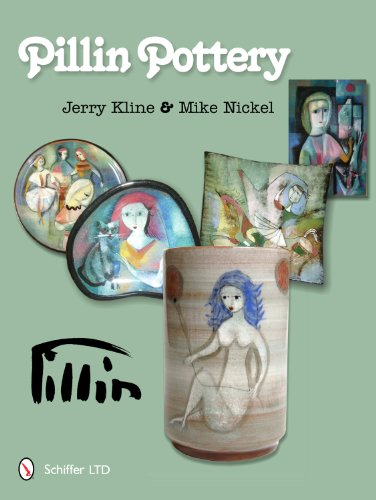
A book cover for Pillin Pottery; Jerry Kline; Crafts, Hobbies & Home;